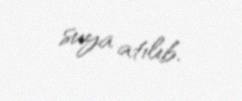
suya atılıb.